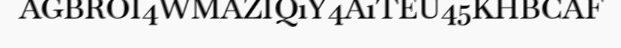
AGBROI4WMAZIQ1Y4A1TEU45KHBCAF